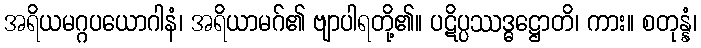
အရိယမဂ္ဂပယောဂါနံ၊ အရိယာမဂ်၏ ဗျာပါရတို့၏။ ပဋိပ္ပဿဒ္ဓဋ္ဌောတိ၊ ကား။ စတုန္နံ၊